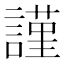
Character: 謹